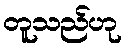
တူသည်ဟု